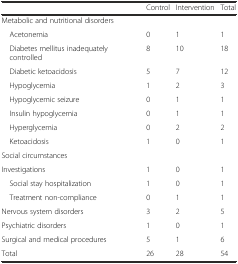
<table><thead><tr><td></td><td><b>Control</b></td><td><b>Intervention</b></td><td><b>Total</b></td></tr></thead><tbody><tr><td colspan="4">Metabolic and nutritional disorders</td></tr><tr><td> Acetonemia</td><td>0</td><td>1</td><td>1</td></tr><tr><td> Diabetes mellitus inadequately controlled</td><td>8</td><td>10</td><td>18</td></tr><tr><td> Diabetic ketoacidosis</td><td>5</td><td>7</td><td>12</td></tr><tr><td> Hypoglycemia</td><td>1</td><td>2</td><td>3</td></tr><tr><td> Hypoglycemic seizure</td><td>0</td><td>1</td><td>1</td></tr><tr><td> Insulin hypoglycemia</td><td>0</td><td>1</td><td>1</td></tr><tr><td> Hyperglycemia</td><td>0</td><td>2</td><td>2</td></tr><tr><td> Ketoacidosis</td><td>1</td><td>0</td><td>1</td></tr><tr><td colspan="4">Social circumstances</td></tr><tr><td>Investigations</td><td>1</td><td>0</td><td>1</td></tr><tr><td> Social stay hospitalization</td><td>1</td><td>0</td><td>1</td></tr><tr><td> Treatment non-compliance</td><td>0</td><td>1</td><td>1</td></tr><tr><td>Nervous system disorders</td><td>3</td><td>2</td><td>5</td></tr><tr><td>Psychiatric disorders</td><td>1</td><td>0</td><td>1</td></tr><tr><td>Surgical and medical procedures</td><td>5</td><td>1</td><td>6</td></tr><tr><td>Total</td><td>26</td><td>28</td><td>54</td></tr></tbody></table>